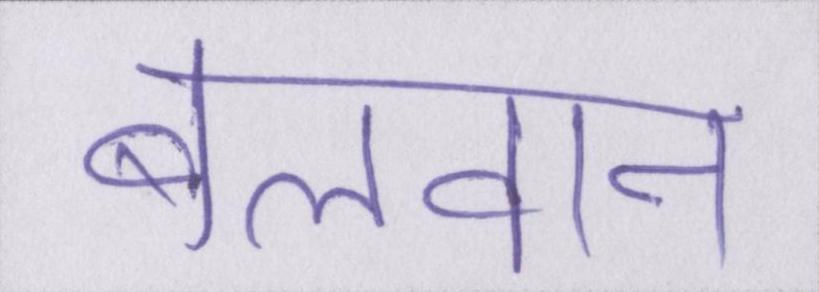
बलवान